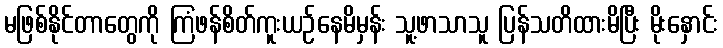
မဖြစ်နိုင်တာတွေကို ကြံဖန်စိတ်ကူးယဉ်နေမိမှန်း သူ့ဖာသာသူ ပြန်သတိထားမိပြီး မိုးနှောင်း